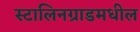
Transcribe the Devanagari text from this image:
स्टालिनग्राडमधील